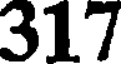
317